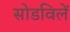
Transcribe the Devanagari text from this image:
सोडविलें